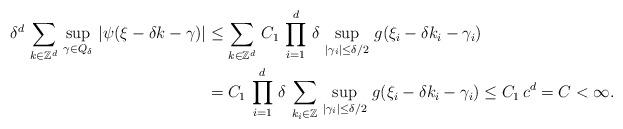
LaTeX: \begin{align*}\delta^d\,\sum_{k\in \mathbb{Z}^d} \,\sup_{\gamma \in Q_\delta }\,|\psi(\xi-\delta k-\gamma)|& \le \sum_{k\in \mathbb{Z}^d} \,C_1\, \prod_{i=1}^d\,\delta\, \sup_{|\gamma_i|\le \delta /2 }\,g(\xi_i-\delta k_i-\gamma_i)\\&=C_1\, \prod_{i=1}^d\,\delta\, \sum_{k_i\in \mathbb{Z}}\,\sup_{|\gamma_i|\le \delta/2 }\,g(\xi_i-\delta k_i-\gamma_i)\le C_1\,c^d=C<\infty.\end{align*}